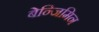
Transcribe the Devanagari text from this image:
बेन्जिमिन